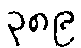
၃၈၉